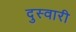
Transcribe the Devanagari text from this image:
दुस्वारी